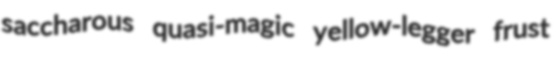
saccharous quasi-magic yellow-legger frust